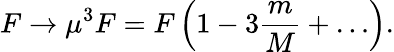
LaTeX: F\rightarrow\mu^{3}F=F\left(1-3\frac{m}{M}+\dots\right).